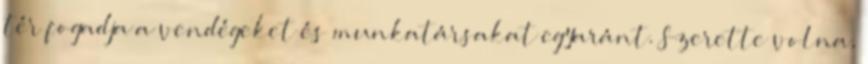
tér fogadja a vendégeket és munkatársakat egyaránt. Szerette volna,